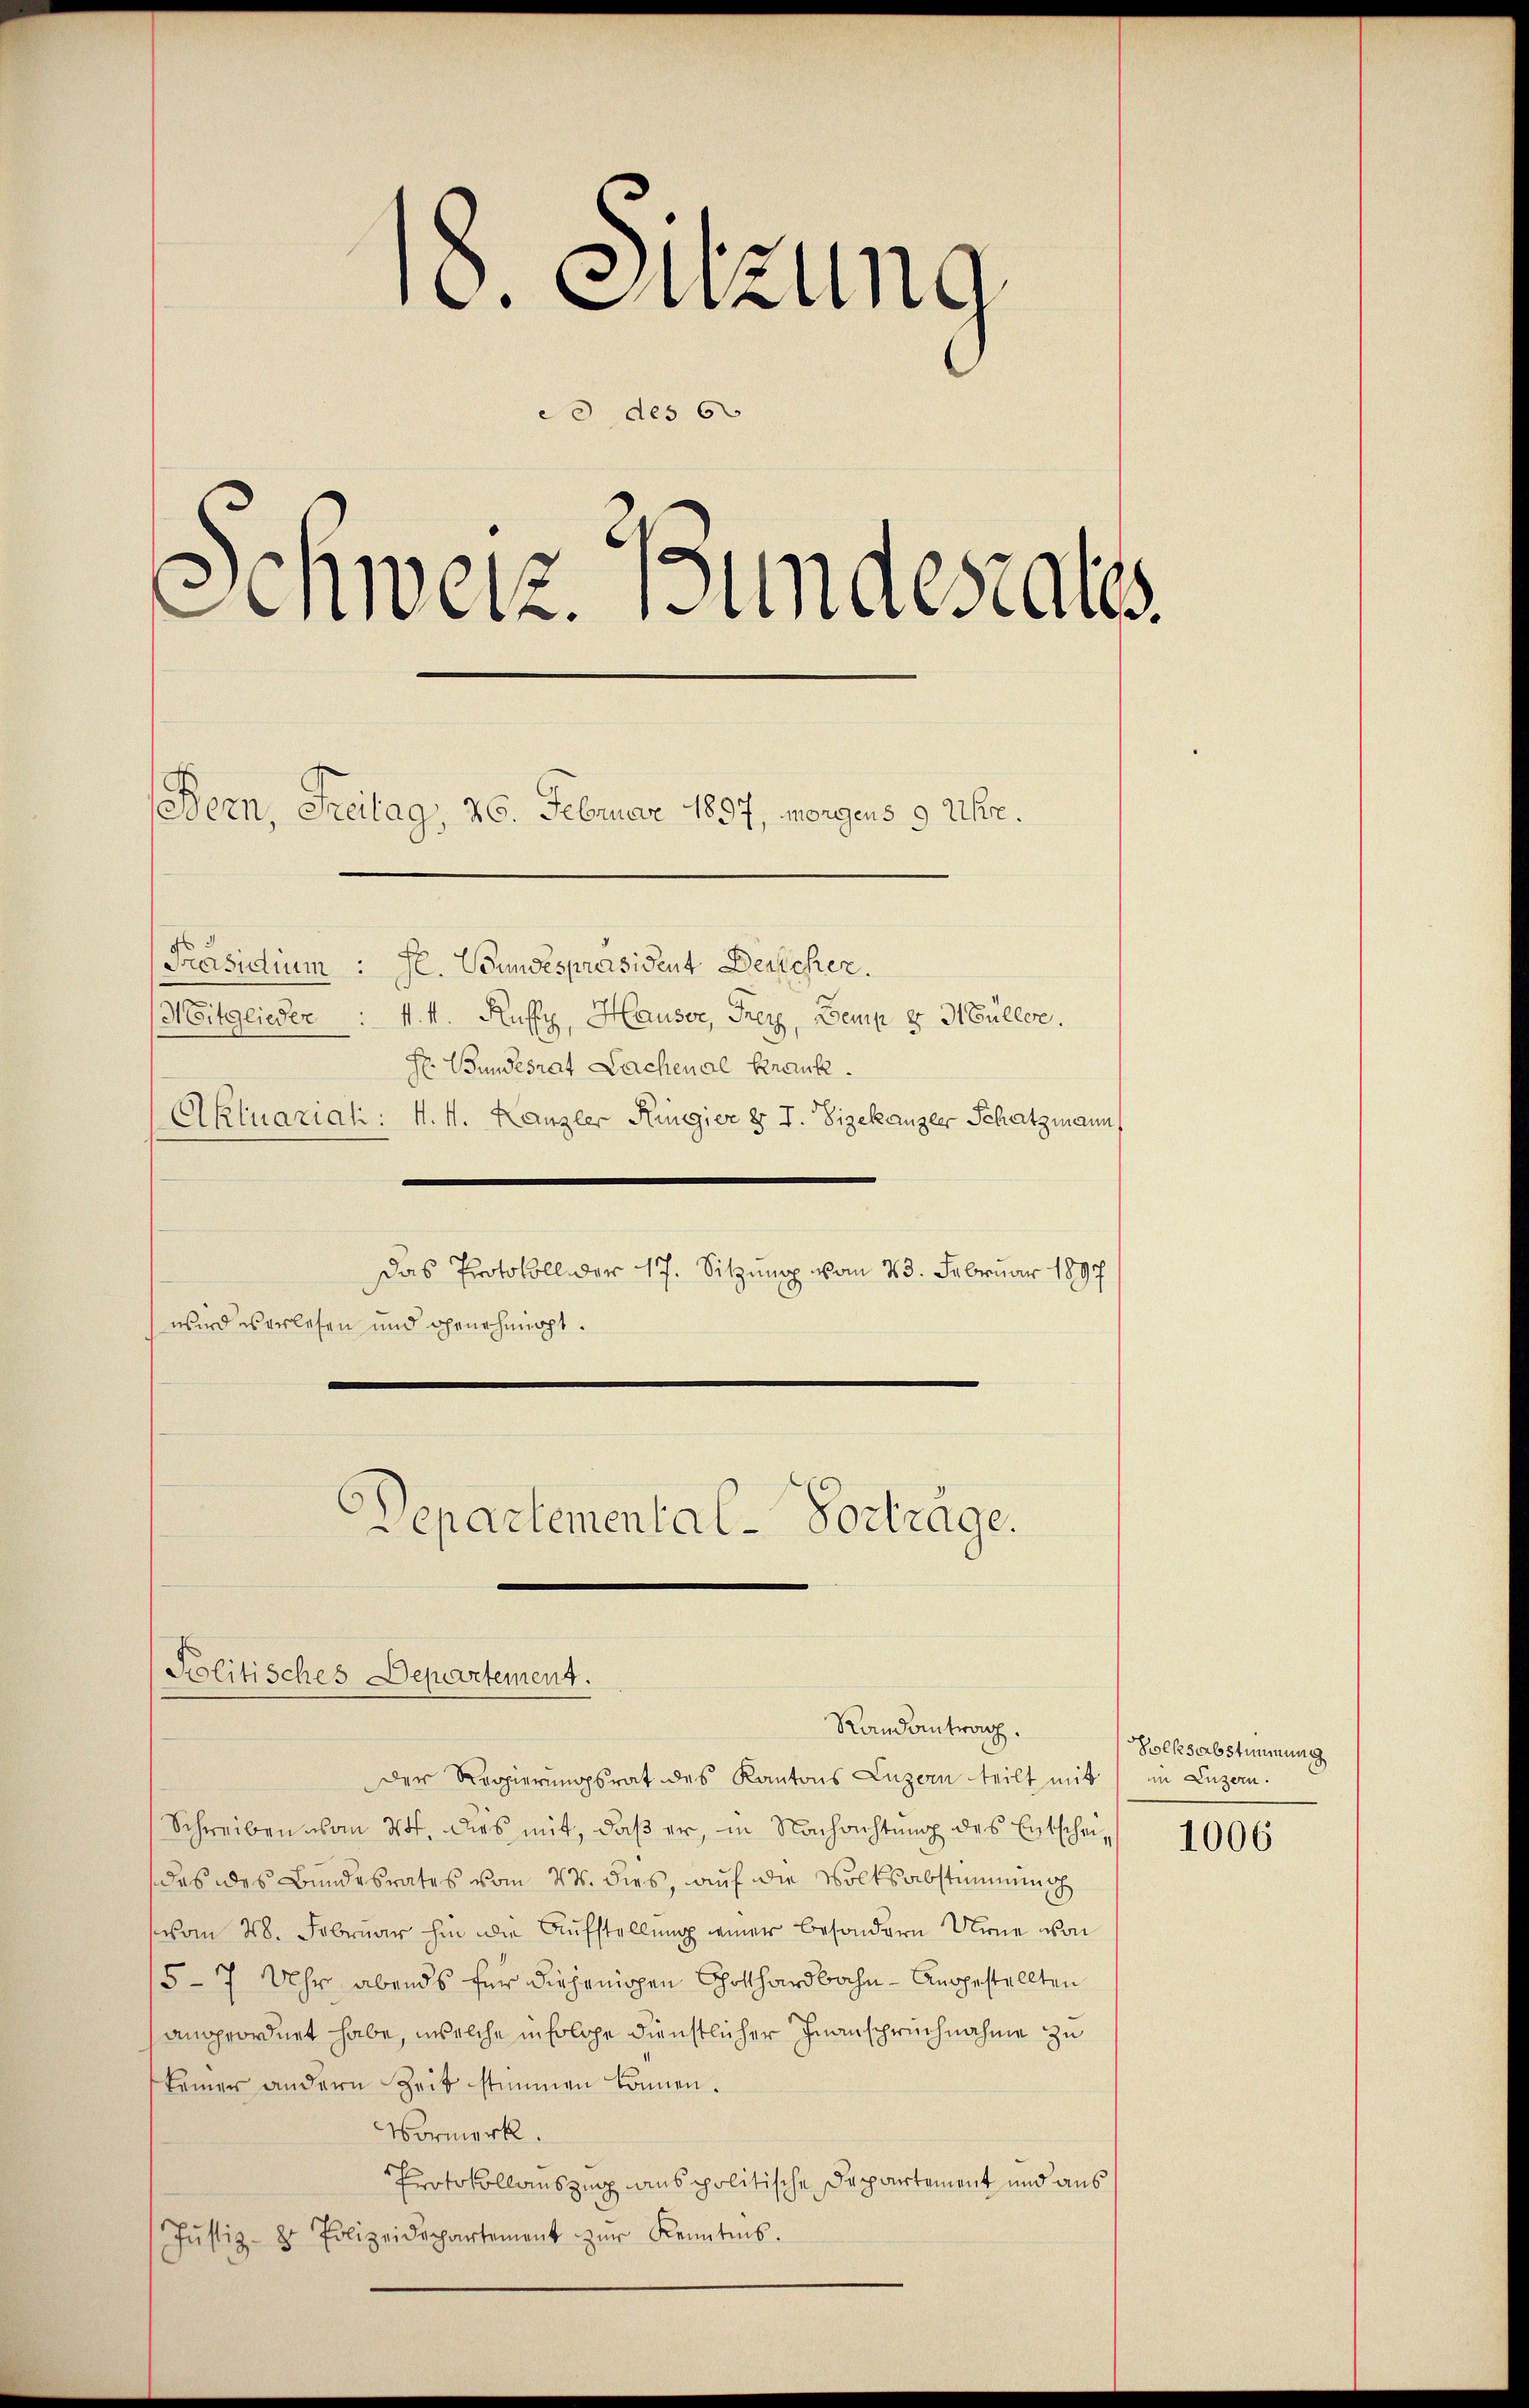
¬
. Elzung
0 des G
nweiz. Bundesrates.

Mitglieder : 1. k. Ruffy, Hauser, Frey, Bemp v Müller.
H. Bundesrat Lachenal Krank.
Aktuariali: 4. M. Kanzler Ringier & J. Vizekanzler Schatzmann
Das Protokoll der 17. Sitzung vom 23. Februar 1897
wird es erlesen und genehmigt.
Departemental-Vortrage.

(Bern, Freitag, 26. Februar 1897, vorgens 9 Uhr.
Präsidium : Hl. Wundespräsident Deicher.

Politisches Departement.
Randantrag.

Der Regierungsrat des Kantons Luzern teilt mit in Luzern.
Schreiben vom 24. dies mit, daß er, in Nachachtung des Entscheides des Bundesrates vom 24. dies, auf die Volksabstimmung
vom 28. Februar hin die Aufstellung einer besondern Urne von
5 - 7 Uhr abends für diejenigen Gothardbahn - Angestellten
angeordnet habe, welche in solche dienstlicher Inanspruchnahme zu
keiner andern Zeit stimmen können.
Vormerk.
Protokollauszung anspolitische Departement und aus
Jŭstiz- & Polizeidepartement zŭr Kenntnis.

Volksabstimmung

1006